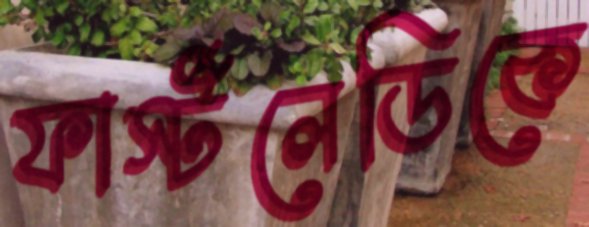
ফার্স্টলেডিকে